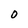
Character: O